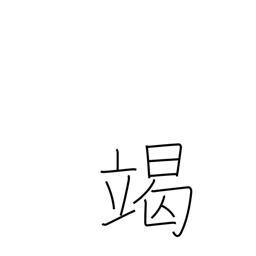
Meaning: exhaust